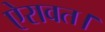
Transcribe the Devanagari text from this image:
ऐरावत।